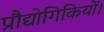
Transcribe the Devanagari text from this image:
प्रौद्योगिकियों।